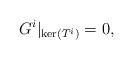
LaTeX: \begin{align*}G^{i}|_{\ker(T^{i})}=0,\end{align*}